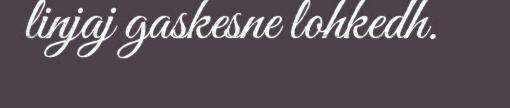
linjaj gaskesne lohkedh.